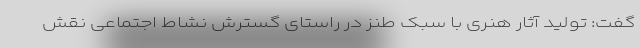
گفت: تولید آثار هنری با سبک طنز در راستای گسترش نشاط اجتماعی نقش